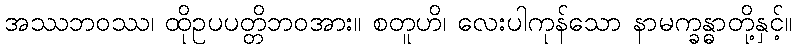
အဿဘဝဿ၊ ထိုဥပပတ္တိဘဝအား။ စတူဟိ၊ လေးပါကုန်သော နာမက္ခန္ဓာတို့နှင့်။